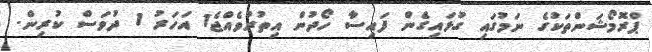
ޕްރޮމޯޝަންތަކުގެ ނަމުގައި ގުޅައިގެން ފައިސާ ހޯދުން އިތުރުވެއްޖެ1 އަހަރު 1 ދުވަސް ކުރިން.